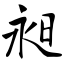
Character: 昶